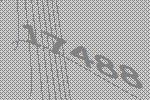
17488